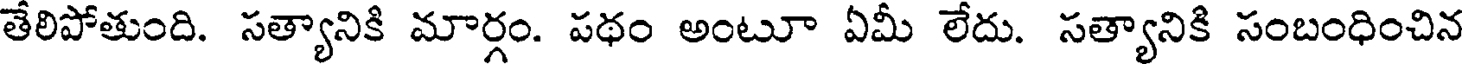
తేలిపోతుంది. సత్యానికి మార్గం. పథం అంటూ ఏమీ లేదు. సత్యానికి సంబంధించిన